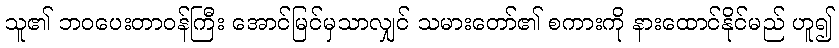
သူ၏ ဘဝပေးတာဝန်ကြီး အောင်မြင်မှသာလျှင် သမားတော်၏ စကားကို နားထောင်နိုင်မည် ဟူ၍